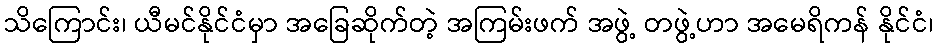
သိကြောင်း၊ ယီမင်နိုင်ငံမှာ အခြေဆိုက်တဲ့ အကြမ်းဖက် အဖွဲ့ တဖွဲ့ဟာ အမေရိကန် နိုင်ငံ၊